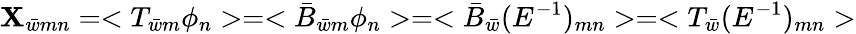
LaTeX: \mathbf{X}_{\bar{{w}}mn}=<T_{\bar{{w}}m}\phi_{n}>=<\bar{{B}}_{\bar{{w}}m}\phi_{n}>=<\bar{{B}}_{\bar{{w}}}(E^{-1})_{mn}>=<T_{\bar{{w}}}(E^{-1})_{mn}>